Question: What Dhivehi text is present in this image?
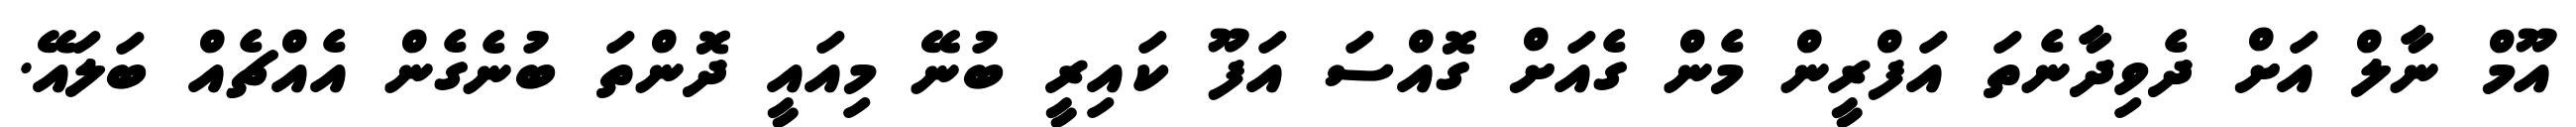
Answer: އޫމް ނާލް އަށް ދެވިދާނެތަ އަފްރީން މެން ގެއަށް ގޮއްސަ އަފޫ ކައިރީ ބުނޭ މިއައީ ދޮންތަ ބުނެގެން އެއްޗެއް ބަލައޭ.